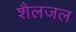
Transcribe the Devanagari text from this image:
शैलजल